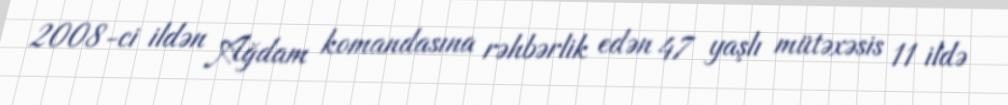
2008-ci ildən Ağdam komandasına rəhbərlik edən 47 yaşlı mütəxəsis 11 ildə